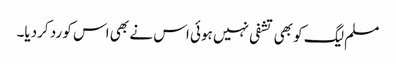
مسلم لیگ کو بھی تشفی نہیں ہوئی اس نے بھی اس کو رد کردیا۔